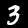
Digit: 3